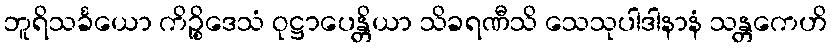
ဘူရိသင်္ခယော ကိဉ္စိဒေသံ ဝုဋ္ဌာပေန္တိယာ သိခရဏီသိ သေသုပါဒါနာနံ သန္တကေဟိ